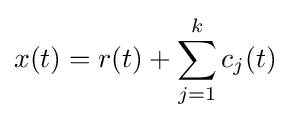
x(t)=r(t)+\sum _{j=1}^{k}c_{j}(t)